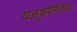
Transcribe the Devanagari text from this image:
वालुकामिश्रित